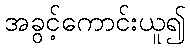
အခွင့်ကောင်းယူ၍